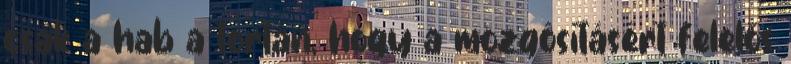
csak a hab a tortán, hogy a mozgósításért felelős